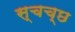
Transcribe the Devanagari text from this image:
स्चच्छ